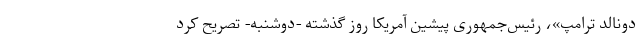
دونالد ترامپ»، رئیس‌جمهوری پیشین آمریکا روز گذشته -دوشنبه- تصریح کرد